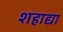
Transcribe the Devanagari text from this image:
शहाद्या